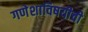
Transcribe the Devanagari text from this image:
गणेशाविषयीची